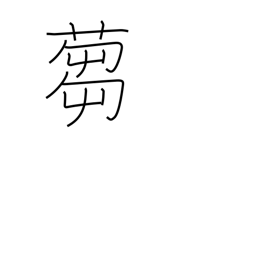
Meaning: to cut grass